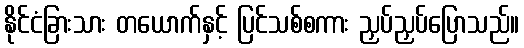
နိုင်ငံခြားသား တယောက်နှင့် ပြင်သစ်စကား ညှပ်ညှပ်ပြောသည်။